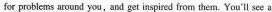
for problems aound you,and get inspired from them. You'll see a